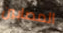
المصابين